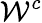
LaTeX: \mathcal{W}^{c}